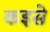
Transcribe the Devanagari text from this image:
कइसे